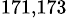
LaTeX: ^{171,173}